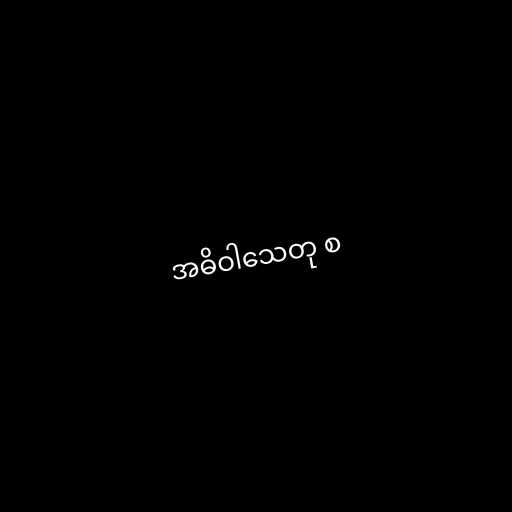
အဓိဝါသေတု စ